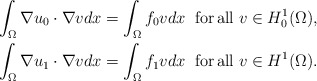
\begin{align*}&\int_\Omega \nabla u_0\cdot \nabla vdx=\int_\Omega f_0vdx\;\; \mathrm{for\, all}\; v\in H_0^1(\Omega ),\\&\int_\Omega \nabla u_1\cdot \nabla vdx=\int_\Omega f_1vdx\;\; \mathrm{for\, all}\; v\in H^1(\Omega ).\end{align*}